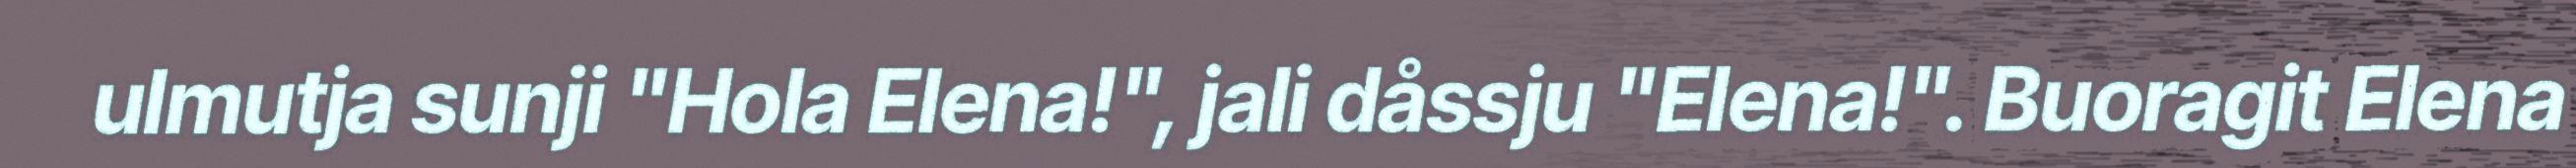
ulmutja sunji "Hola Elena!", jali dåssju "Elena!". Buoragit Elena